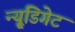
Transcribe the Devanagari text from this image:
न्यू्डिगेट